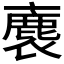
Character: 𧜫